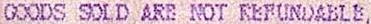
GOODS SOLD ARE NOT REFUNDABLE,